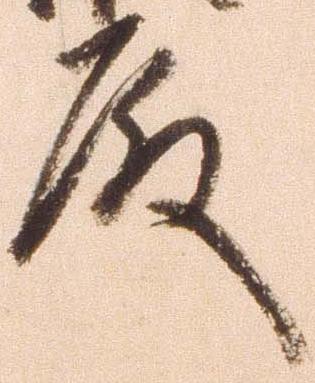
殿